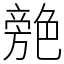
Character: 䒍